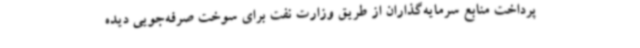
پرداخت منابع سرمایه‌گذاران از طریق وزارت نفت برای سوخت صرفه‌جویی دیده